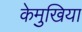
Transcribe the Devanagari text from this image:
केमुखिया